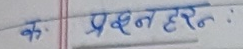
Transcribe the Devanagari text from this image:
क प्रश्नहरन: